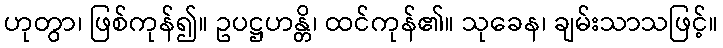
ဟုတွာ၊ ဖြစ်ကုန်၍။ ဥပဋ္ဌဟန္တိ၊ ထင်ကုန်၏။ သုခေန၊ ချမ်းသာသဖြင့်။